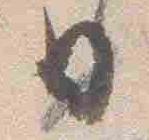
日